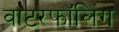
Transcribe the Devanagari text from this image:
वाटरफॉलिंग